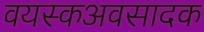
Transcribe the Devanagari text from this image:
वयस्कअवसादक